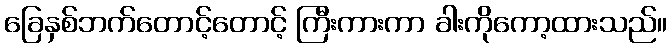
ခြေနှစ်ဘက်တောင့်တောင့် ကြီးကားကာ ခါးကိုကော့ထားသည်။